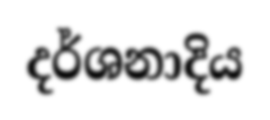
දර්ශනාදිය